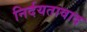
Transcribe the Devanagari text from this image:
निर्दयतावाद